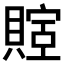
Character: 𬥤